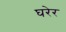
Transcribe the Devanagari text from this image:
घरेर